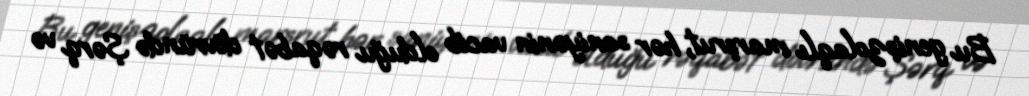
Bu genişzolaqlı marşrut, hər saniyənin vacib olduğu rəqabət dövründə Şərq və